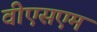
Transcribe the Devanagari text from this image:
वीएसएम